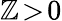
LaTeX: \mathbb{Z}\! >\! 0